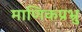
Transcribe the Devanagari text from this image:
माणिकप्रभ्रु